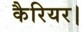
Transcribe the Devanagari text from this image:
कैरियर।